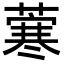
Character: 𦺦